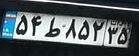
۵۴ط۸۵۲۳۵